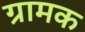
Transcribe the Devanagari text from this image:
ग्रामक